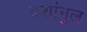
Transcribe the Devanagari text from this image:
दशांगुल